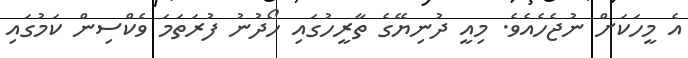
އެ މީހަކަށް ނުޖެހެއެވެ. މިއީ ދުނިޔޭގެ ތާރީހުގައި ހޯދުނު ފުރަތަމަ ވެކްސިން ކަމުގައި